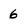
Character: 6